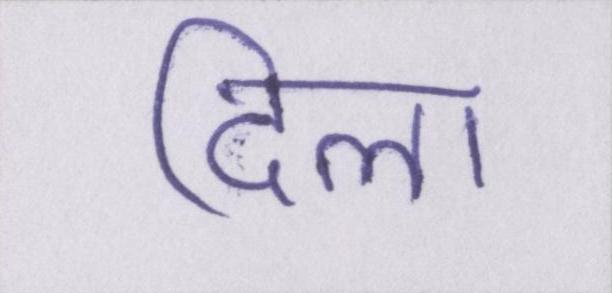
दिला